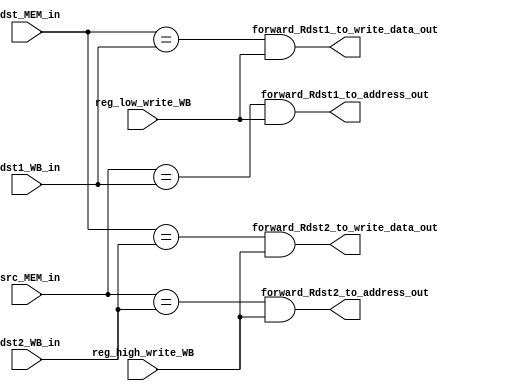
module FU2(forward_Rdst1_to_write_data_out, forward_Rdst2_to_write_data_out, forward_Rdst1_to_address_out, forward_Rdst2_to_address_out, Rdst1_WB_in, Rdst2_WB_in,
			Rdst_MEM_in, Rsrc_MEM_in, reg_low_write_WB, reg_high_write_WB);

/*a signal to determine if we will forward Rdst1 from Write-back stage back to write_data in the data memory*/
output wire forward_Rdst1_to_write_data_out;

/*a signal to determine if we will forward Rdst2 from Write-back stage back to write_data in the data memory*/
output wire forward_Rdst2_to_write_data_out;

/*a signal to determine if we will forward Rdst1 from Write-back stage back to address in the data memory*/
output wire forward_Rdst1_to_address_out;

/*a signal to determine if we will forward Rdst2 from Write-back stage back to address in the data memory*/
output wire forward_Rdst2_to_address_out;

/*this is the Rdst1 number in the write back stage*/
input wire [2:0] Rdst1_WB_in;

/*this is the Rdst2 number in the write back stage*/
input wire [2:0] Rdst2_WB_in;

/*this is the Rdst number in the memory stage*/
input wire [2:0] Rdst_MEM_in;

/*this is the Rsrc number in the memory stage*/
input wire [2:0] Rsrc_MEM_in;

/*this is the signal to indicate a register low write back*/
input wire reg_low_write_WB;

/*this is the signal to indicate a register high write back*/
input wire reg_high_write_WB;

/**************************************************************
	temp wire to make the code looks clean
**************************************************************/
wire is_Rdst_MEM_eq_Rdst1_WB;
wire is_Rdst_MEM_eq_Rdst2_WB;

wire is_Rsrc_MEM_eq_Rdst1_WB;
wire is_Rsrc_MEM_eq_Rdst2_WB;


/**************************************************************
	assigns for the temp wire
**************************************************************/
assign is_Rdst_MEM_eq_Rdst1_WB = (Rdst_MEM_in == Rdst1_WB_in);
assign is_Rdst_MEM_eq_Rdst2_WB = (Rdst_MEM_in == Rdst2_WB_in);
	
assign is_Rsrc_MEM_eq_Rdst1_WB = (Rsrc_MEM_in == Rdst1_WB_in);	
assign is_Rsrc_MEM_eq_Rdst2_WB = (Rsrc_MEM_in == Rdst2_WB_in);	

	
/**************************************************************
	the actual logic of the forwarding unit 2:
		-> 	if 	MEM/WB.reglow_writeback
			and	(EX/MEM.RegisterRdst = MEM/WB.RegisterRdst1)
			then forward MEM/WB.RegisterRdst1 back data to memory data
			
			else if MEM/WB.reghigh_writeback
			and	(EX/MEM.RegisterRdst = MEM/WB.RegisterRdst2)
			then forward MEM/WB.RegisterRdst2 back data to memory data

			
		-> 	if 	MEM/WB.reglow_writeback
			and	(EX/MEM.RegisterRsrc = MEM/WB.RegisterRdst1)
			then forward MEM/WB.RegisterRdst1 back data to memory address
			
			else if MEM/WB.reghigh_writeback
			and	(EX/MEM.RegisterRsrc = MEM/WB.RegisterRdst2)
			then forward MEM/WB.RegisterRdst2 back data to memory address
			
			
**************************************************************/
assign forward_Rdst1_to_write_data_out = is_Rdst_MEM_eq_Rdst1_WB & reg_low_write_WB;
assign forward_Rdst2_to_write_data_out = is_Rdst_MEM_eq_Rdst2_WB & reg_high_write_WB;
assign forward_Rdst1_to_address_out = is_Rsrc_MEM_eq_Rdst1_WB & reg_low_write_WB;
assign forward_Rdst2_to_address_out = is_Rsrc_MEM_eq_Rdst2_WB & reg_high_write_WB;
	
endmodule